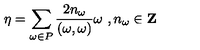
\eta = \sum _ { \omega \in P } \frac { 2 n _ { \omega } } { ( \omega , \omega ) } \omega \ , n _ { \omega } \in { \bf Z }